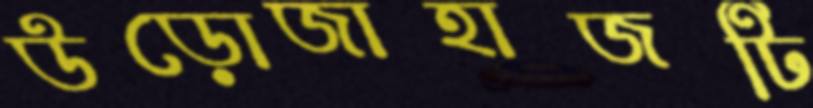
উড়োজাহাজটি